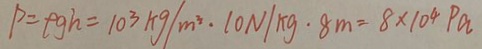
P = \rho g h = 1 0 ^ { 3 } k g / m ^ { 3 } \cdot 1 0 N / k g \cdot 8 m = 8 \times 1 0 ^ { 4 } p a